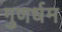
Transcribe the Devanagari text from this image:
गुणर्धम